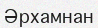
Әрхамнан